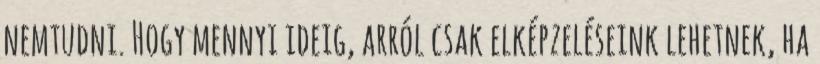
nemtudni. Hogy mennyi ideig, arról csak elképzeléseink lehetnek, ha